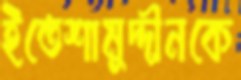
ইতেশামুদ্দীনকে